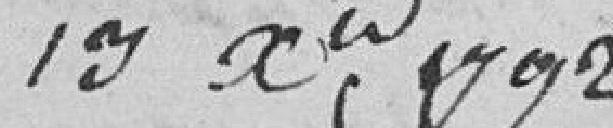
17 décembre 1792